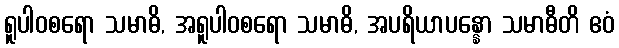
ရူပါဝစရော သမာဓိ, အရူပါဝစရော သမာဓိ, အပရိယာပန္နော သမာဓီတိ ဧဝံ